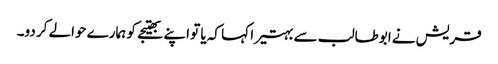
قریش نے ابوطالب سے بہتیرا کہا کہ یا تو اپنے بھتیجے کو ہمارے حوالے کر دو۔